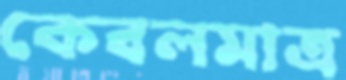
কেবলমাত্র